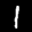
Label: 1